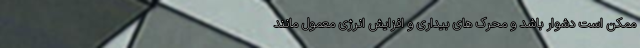
ممکن است دشوار باشد و محرک های بیداری و افزایش انرژی معمول مانند